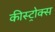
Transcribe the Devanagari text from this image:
कीस्ट्रोक्स